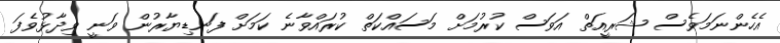
އެހެންނަމަވެސް ޝަރީއަތް އަވަސް ކުރުމަށް މަސައްކަތް ކުރައްވާނެ ކަމަށް ފަނޑިޔާރުން ވަނީ ވިދާޅުވެފަ